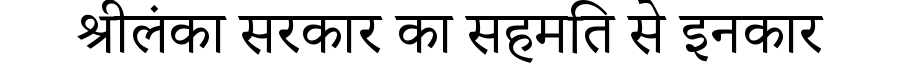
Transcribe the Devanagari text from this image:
श्रीलंका सरकार का सहमति से इनकार